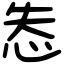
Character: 怣